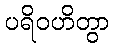
ပရိဝဟိတွာ